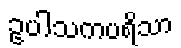
ဥပါသကပရိသာ